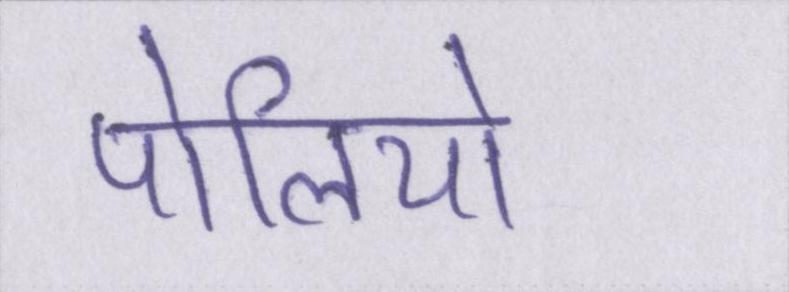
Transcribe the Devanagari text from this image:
पोलियो